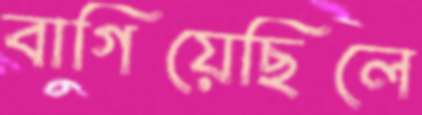
বাগিয়েছিলে